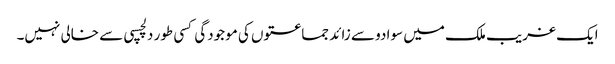
ایک غریب ملک میں سوا دو سے زائد جماعتوں کی موجودگی کسی طور دلچسپی سے خالی نہیں۔